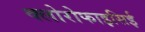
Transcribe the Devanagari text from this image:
क्लोरोफाइसिई